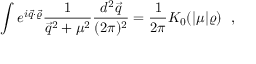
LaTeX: \int e ^ { i \vec { q } \cdot \vec { \varrho } } \frac { 1 } { \vec { q } ^ { 2 } + \mu ^ { 2 } } \frac { d ^ { 2 } \vec { q } } { ( 2 \pi ) ^ { 2 } } = \frac { 1 } { 2 \pi } K _ { 0 } ( | \mu | \varrho ) ~ ~ ,